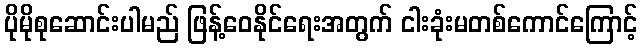
ပိုမိုစုဆောင်းပါမည် ဖြန့်ဝေနိုင်ရေးအတွက် ငါးခုံးမတစ်ကောင်ကြောင့်